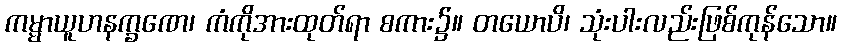
ကမ္မာယူဟနက္ခဏေ၊ ကံကိုအားထုတ်ရာ စကား၌။ တယောပိ၊ သုံးပါးလည်းဖြစ်ကုန်သော။